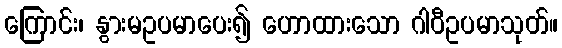
ကြောင်း၊ နွားမဥပမာပေး၍ ဟောထားသော ဂါဝီဥပမာသုတ်။